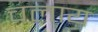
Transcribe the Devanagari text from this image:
चलाय